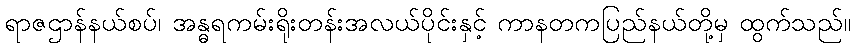
ရာဇဌာန်နယ်စပ်၊ အန္ဓရကမ်းရိုးတန်းအလယ်ပိုင်းနှင့် ကာနတကပြည်နယ်တို့မှ ထွက်သည်။